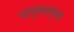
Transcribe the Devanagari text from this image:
पार्वतम्मा